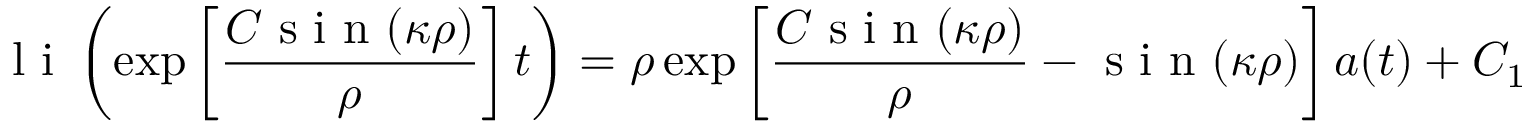
\mathrm { ~ l ~ i ~ } \left( \exp \left[ { \frac { C \mathrm { ~ s ~ i ~ n ~ } ( \kappa \rho ) } { \rho } } \right] t \right) = \rho \exp \left[ \frac { C \mathrm { ~ s ~ i ~ n ~ } ( \kappa \rho ) } { \rho } - \mathrm { ~ s ~ i ~ n ~ } ( \kappa \rho ) \right] a ( t ) + C _ { 1 }